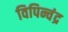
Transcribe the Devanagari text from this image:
विपिन्चंद्र